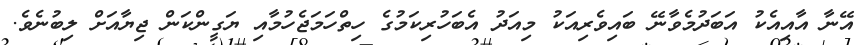
އޭނާ އާއިއެކު އަބަދުމެވާނޭ ބައިވެރިއަކު މިއަދު އެބަހުރިކަމުގެ ހިތްހަމަޖެހުމާއި ޔަގީންކަން ޖިޔާއަށް ލިބުނެވެ.